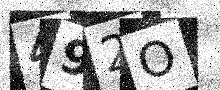
Text: 492O